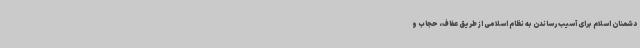
دشمنان اسلام برای آسیب رساندن به نظام اسلامی از طریق عفاف، حجاب و